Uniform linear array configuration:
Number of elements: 48
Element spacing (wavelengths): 0.75
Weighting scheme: hamming
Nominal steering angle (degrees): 60
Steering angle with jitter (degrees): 59.081
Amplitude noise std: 0.05
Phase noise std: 0.05

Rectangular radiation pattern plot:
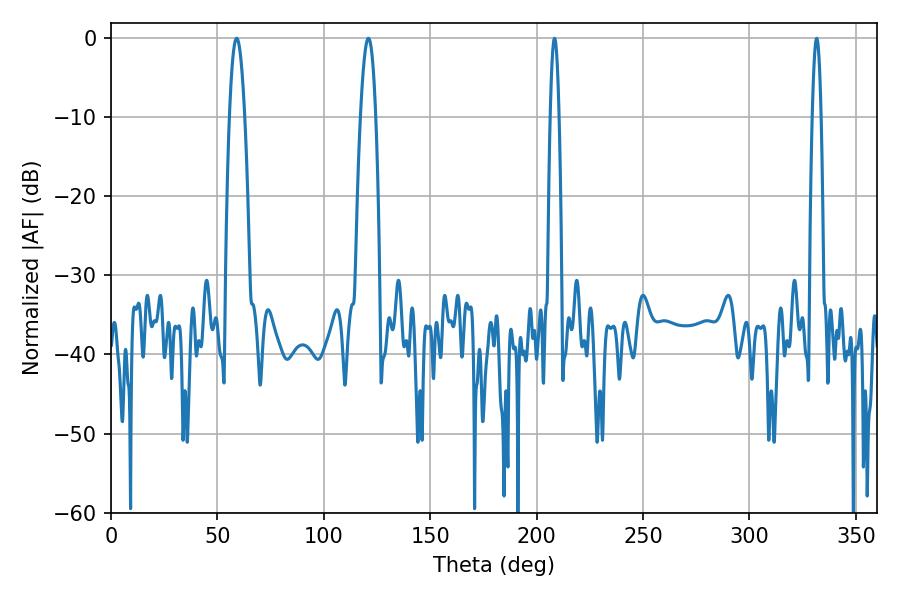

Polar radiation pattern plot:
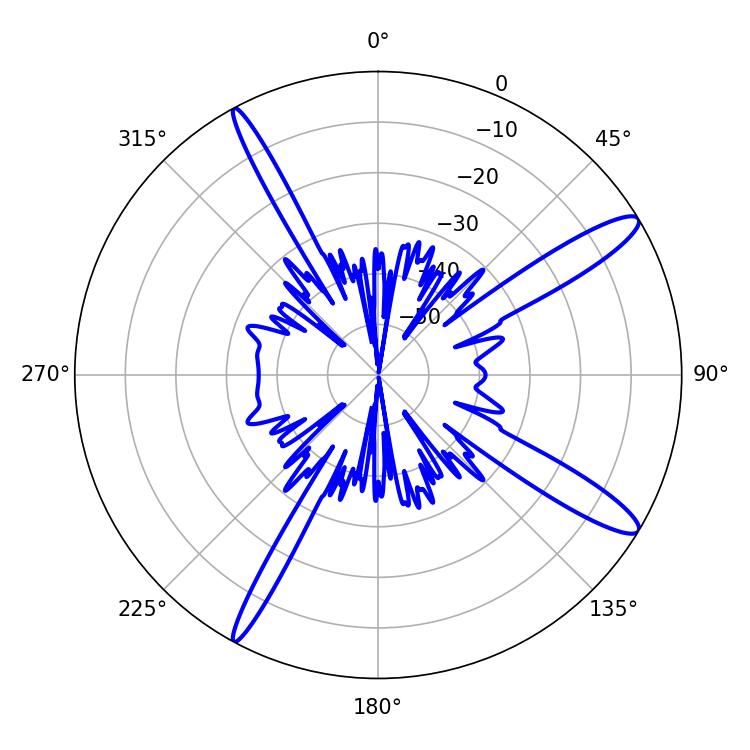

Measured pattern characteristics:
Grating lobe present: TRUE
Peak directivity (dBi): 13.615
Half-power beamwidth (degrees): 3.96
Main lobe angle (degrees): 59.04